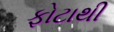
ફોટાથી